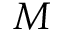
M